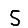
Digit: 5